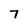
Character: 7